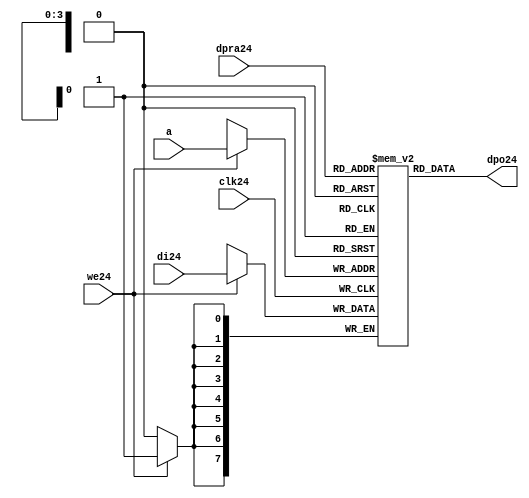
//////////////////////////////////////////////////////////////////////
////                                                              ////
////  raminfr24.v                                                   ////
////                                                              ////
////                                                              ////
////  This24 file is part of the "UART24 16550 compatible24" project24    ////
////  http24://www24.opencores24.org24/cores24/uart1655024/                   ////
////                                                              ////
////  Documentation24 related24 to this project24:                      ////
////  - http24://www24.opencores24.org24/cores24/uart1655024/                 ////
////                                                              ////
////  Projects24 compatibility24:                                     ////
////  - WISHBONE24                                                  ////
////  RS23224 Protocol24                                              ////
////  16550D uart24 (mostly24 supported)                              ////
////                                                              ////
////  Overview24 (main24 Features24):                                   ////
////  Inferrable24 Distributed24 RAM24 for FIFOs24                        ////
////                                                              ////
////  Known24 problems24 (limits24):                                    ////
////  None24                .                                       ////
////                                                              ////
////  To24 Do24:                                                      ////
////  Nothing so far24.                                             ////
////                                                              ////
////  Author24(s):                                                  ////
////      - gorban24@opencores24.org24                                  ////
////      - Jacob24 Gorban24                                          ////
////                                                              ////
////  Created24:        2002/07/22                                  ////
////  Last24 Updated24:   2002/07/22                                  ////
////                  (See log24 for the revision24 history24)          ////
////                                                              ////
////                                                              ////
//////////////////////////////////////////////////////////////////////
////                                                              ////
//// Copyright24 (C) 2000, 2001 Authors24                             ////
////                                                              ////
//// This24 source24 file may be used and distributed24 without         ////
//// restriction24 provided that this copyright24 statement24 is not    ////
//// removed from the file and that any derivative24 work24 contains24  ////
//// the original copyright24 notice24 and the associated disclaimer24. ////
////                                                              ////
//// This24 source24 file is free software24; you can redistribute24 it   ////
//// and/or modify it under the terms24 of the GNU24 Lesser24 General24   ////
//// Public24 License24 as published24 by the Free24 Software24 Foundation24; ////
//// either24 version24 2.1 of the License24, or (at your24 option) any   ////
//// later24 version24.                                               ////
////                                                              ////
//// This24 source24 is distributed24 in the hope24 that it will be       ////
//// useful24, but WITHOUT24 ANY24 WARRANTY24; without even24 the implied24   ////
//// warranty24 of MERCHANTABILITY24 or FITNESS24 FOR24 A PARTICULAR24      ////
//// PURPOSE24.  See the GNU24 Lesser24 General24 Public24 License24 for more ////
//// details24.                                                     ////
////                                                              ////
//// You should have received24 a copy of the GNU24 Lesser24 General24    ////
//// Public24 License24 along24 with this source24; if not, download24 it   ////
//// from http24://www24.opencores24.org24/lgpl24.shtml24                     ////
////                                                              ////
//////////////////////////////////////////////////////////////////////
//
// CVS24 Revision24 History24
//
// $Log: not supported by cvs2svn24 $
// Revision24 1.1  2002/07/22 23:02:23  gorban24
// Bug24 Fixes24:
//  * Possible24 loss of sync and bad24 reception24 of stop bit on slow24 baud24 rates24 fixed24.
//   Problem24 reported24 by Kenny24.Tung24.
//  * Bad (or lack24 of ) loopback24 handling24 fixed24. Reported24 by Cherry24 Withers24.
//
// Improvements24:
//  * Made24 FIFO's as general24 inferrable24 memory where possible24.
//  So24 on FPGA24 they should be inferred24 as RAM24 (Distributed24 RAM24 on Xilinx24).
//  This24 saves24 about24 1/3 of the Slice24 count and reduces24 P&R and synthesis24 times.
//
//  * Added24 optional24 baudrate24 output (baud_o24).
//  This24 is identical24 to BAUDOUT24* signal24 on 16550 chip24.
//  It outputs24 16xbit_clock_rate - the divided24 clock24.
//  It's disabled by default. Define24 UART_HAS_BAUDRATE_OUTPUT24 to use.
//

//Following24 is the Verilog24 code24 for a dual24-port RAM24 with asynchronous24 read. 
module raminfr24   
        (clk24, we24, a, dpra24, di24, dpo24); 

parameter addr_width24 = 4;
parameter data_width24 = 8;
parameter depth = 16;

input clk24;   
input we24;   
input  [addr_width24-1:0] a;   
input  [addr_width24-1:0] dpra24;   
input  [data_width24-1:0] di24;   
//output [data_width24-1:0] spo24;   
output [data_width24-1:0] dpo24;   
reg    [data_width24-1:0] ram24 [depth-1:0]; 

wire [data_width24-1:0] dpo24;
wire  [data_width24-1:0] di24;   
wire  [addr_width24-1:0] a;   
wire  [addr_width24-1:0] dpra24;   
 
  always @(posedge clk24) begin   
    if (we24)   
      ram24[a] <= di24;   
  end   
//  assign spo24 = ram24[a];   
  assign dpo24 = ram24[dpra24];   
endmodule